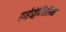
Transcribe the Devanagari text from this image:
हाईड्रोक्सिलिक